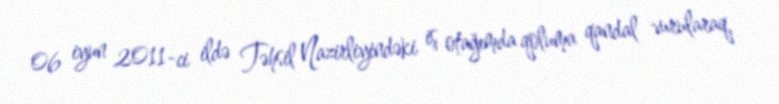
06 iyun 2011-ci ildə Təhsil Nazirliyindəki iş otağımda qoluma qandal vurularaq,